Annual report of lunatic asylums [Bombay] - 1912-1922
Year: 1912
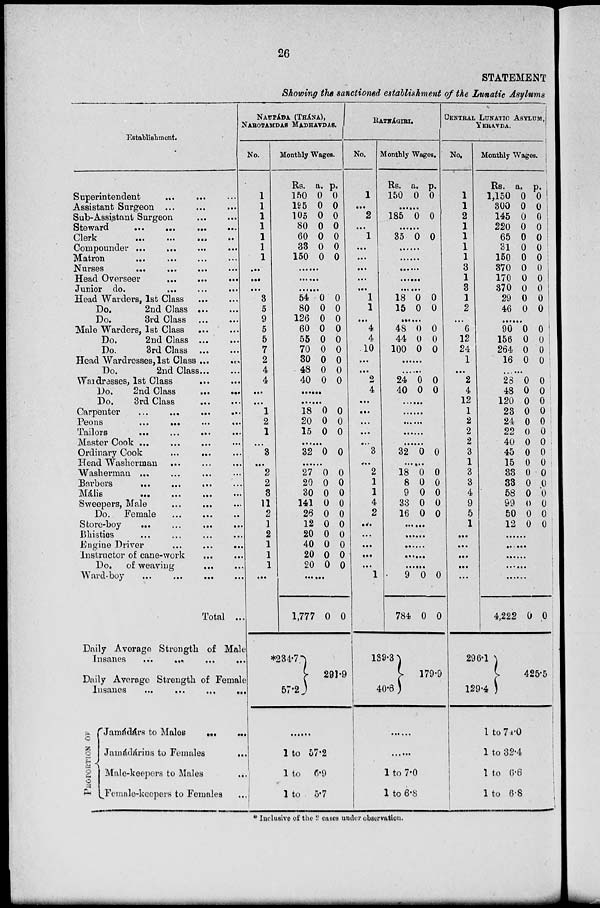
26
STATEMENT
Showing the sanctioned establishment of the Lunatic Asylums
Establishment.
Superintendent ... ... ...
Assistant Surgeon ... ... ...
Sub-Assistant Surgeon
...
...
Steward
...
...
...
...
Clerk
...
...
...
...
Compounder ... ... ... ...
Matron ... ... ... ...
Nurses ... ... ... ...
Head Overseer
...
...
...
...
Junior do. ... ... ...
Head Warders, 1st Class
...
...
Do.
2nd Class ... ...
Do.
3rd Class ... ...
Male Warders, 1st Class ... ...
Do.
2nd Class ... ...
Do.
3rd Class ... ...
Head Wardresses, 1st Class
...
...
Do.
2nd Class ... ...
Wardresses, 1st Class ... ...
Do.
2nd Class
...
...
Do.
3rd Class
...
...
Carpenter
...
...
...
...
Peons
...
...
...
...
Tailors
...
...
...
...
Master Cook ... ... ... ...
Ordinary Cook ... ... ... ...
Head Washerman ... ... ...
Washerman ... ... ... ...
Barbers
...
...
...
...
Mális
...
...
...
...
Sweepers, Male ... ... ...
Do. Female
...
...
...
Store-boy
...
...
...
...
Bhisties ... ... ... ...
Engine Driver
...
...
...
Instructor of cane-work ... ...
Do. of weaving ... ...
Ward-boy
...
...
...
...
Total ..
Daily Average Strength of Male
Insanes
...
...
...
...
Daily Average Strength of Female
Insanes
...
...
...
...
PROPORTION OF
Jamádárs to Males
...
...
Jamádárins to Females
...
Male-keepers to Males ...
Female-keepers to Females ...
NAUPÁDA (THÁNA),
NAROTAMDAS MADHAVDAS.
No.
1
1
1
1
1
1
1
...
...
...
3
5
9
5
5
7
2
4
4
...
...
1
2
1
...
3
...
2
2
3
11
2
1
2
1
1
1
...
...
Monthly Wages.
Rs.
150
195
105
80
60
33
150
a.
0
0
0
0
0
0
0
p.
0
0
0
0
0
0
0
......
......
......
54
80
126
60
55
70
30
48
40
0
0
0
0
0
0
0
0
0
0
0
0
0
0
0
0
0
0
......
......
18
20
15
0
0
0
0
0
0
......
32 0 0
......
27
20
30
141
26
12
20
40
20
20
0
0
0
0
0
0
0
0
0
0
0
0
0
0
0
0
0
0
0
0
......
1,777
*234.7
57.2
0 0
291.9
......
1 to 57.2
1 to 6.9
1 to 5.7
RATNÁGIRI.
No.
1
...
2
...
1
...
...
...
...
...
1
1
...
4
4
10
...
...
2
4
...
...
...
...
...
3
...
2
1
1
4
2
...
...
...
...
...
1
Monthly Wages.
Rs.
150
a.
0
p.
0
......
185 0 0
......
35 0 0
......
......
......
......
......
18
15
0
0
0
0
......
48
44
100
0
0
0
0
0
0
......
......
24
40
0
0
0
0
......
......
......
......
......
32 0 0
......
18
8
9
33
16
0
0
0
0
0
0
0
0
0
0
......
......
......
......
......
9
784
139.3
40.6
0
0
0
0
179.9
......
......
1 to 7.0
1 to 6.8
CENTRAL LUNATIC ASYLUM,
YERAVDA.
No.
1
1
2
1
1
1
1
3
1
3
1
2
...
6
12
24
1
...
2
4
12
1
2
2
2
3
1
3
3
4
9
5
1
...
...
...
...
...
Monthly Wages.
Rs.
1,150
300
145
220
65
31
150
370
170
370
29
46
a.
0
0
0
0
0
0
0
0
0
0
0
0
p.
0
0
0
0
0
0
0
0
0
0
0
0
......
90
156
264
16
0
0
0
0
0
0
0
0
......
28
48
120
23
24
22
40
45
15
33
33
58
99
50
12
0
0
0
0
0
0
0
0
0
0
0
0
0
0
0
0
0
0
0
0
0
0
0
0
0
0
0
0
0
0
......
......
......
......
......
4,222
296.1
129.4
0 0
425.5
1 to 74.0
1 to 32.4
1 to 6.6
1 to 6.8
* Inclusive of the 2 cases under observation.